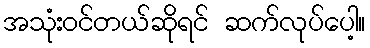
အသုံးဝင်တယ်ဆိုရင် ဆက်လုပ်ပေါ့။